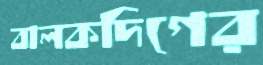
বালকদিগের